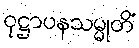
ဝုဋ္ဌာပနသမ္မုတိံ